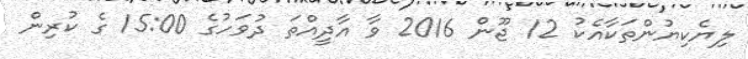
ލިޔެކިޔުންތަކާއެކު 12 ޖޫން 2016 ވާ އާދީއްތަ ދުވަހުގެ 15:00 ގެ ކުރިން